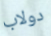
دولاب